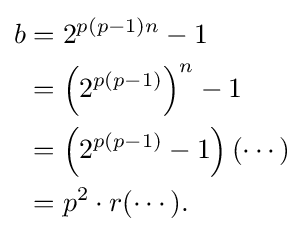
{\begin{aligned}b&=2^{p(p-1)n}-1\\&=\left(2^{p(p-1)}\right)^{n}-1\\&=\left(2^{p(p-1)}-1\right)(\cdots )\\&=p^{2}\cdot r(\cdots ).\end{aligned}}